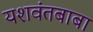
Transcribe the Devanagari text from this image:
यशवंतबाबा